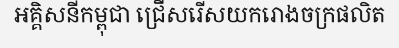
អគ្គិសនីកម្ពុជា ជ្រើសរើសយករោងចក្រផលិត